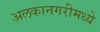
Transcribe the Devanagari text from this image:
अलकानगरीमध्ये